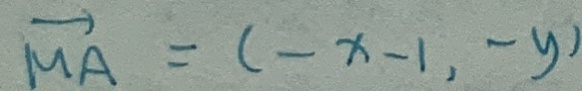
\overrightarrow { M A } = ( - x - 1 , - y )